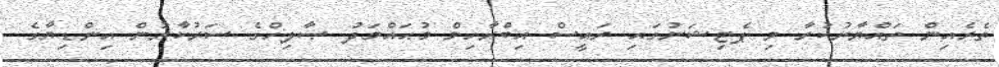
ތެރެއިން ތައްޔާރުކުރާ މި ޕެޓިޝަނުގައި ރައީސް އިބްރާހިމް މުޙައްމަދު ޞާލިހްގެ ސަރުކާރުން އިންޑިޔާގެ